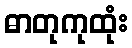
ဓာတုကုထုံး